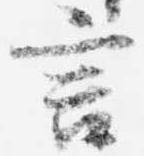
言